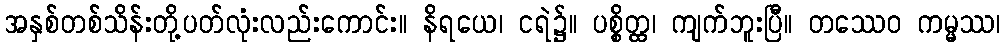
အနှစ်တစ်သိန်းတို့ပတ်လုံးလည်းကောင်း။ နိရယေ၊ ငရဲ၌။ ပစ္စိတ္ထ၊ ကျက်ဘူးပြီ။ တဿေဝ ကမ္မဿ၊